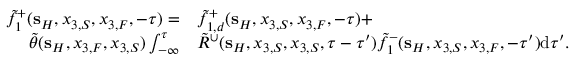
\begin{array} { r l } { \tilde { f } _ { 1 } ^ { + } ( { \bf s } _ { H } , x _ { 3 , S } , x _ { 3 , F } , - \tau ) = } & { { } \tilde { f } _ { 1 , d } ^ { + } ( { \bf s } _ { H } , x _ { 3 , S } , x _ { 3 , F } , - \tau ) + } \\ { \tilde { \theta } ( { \bf s } _ { H } , x _ { 3 , F } , x _ { 3 , S } ) \int _ { - \infty } ^ { \tau } } & { { } \tilde { R } ^ { \cup } ( { \bf s } _ { H } , x _ { 3 , S } , x _ { 3 , S } , \tau - \tau ^ { \prime } ) \tilde { f } _ { 1 } ^ { - } ( { \bf s } _ { H } , x _ { 3 , S } , x _ { 3 , F } , - \tau ^ { \prime } ) \mathrm { d } \tau ^ { \prime } . } \end{array}